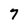
Character: 7